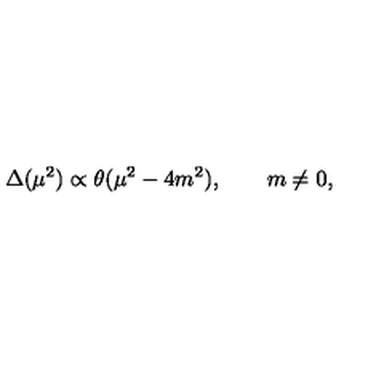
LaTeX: \Delta ( \mu ^ { 2 } ) \propto \theta ( \mu ^ { 2 } - 4 m ^ { 2 } ) , \qquad m \ne 0 ,